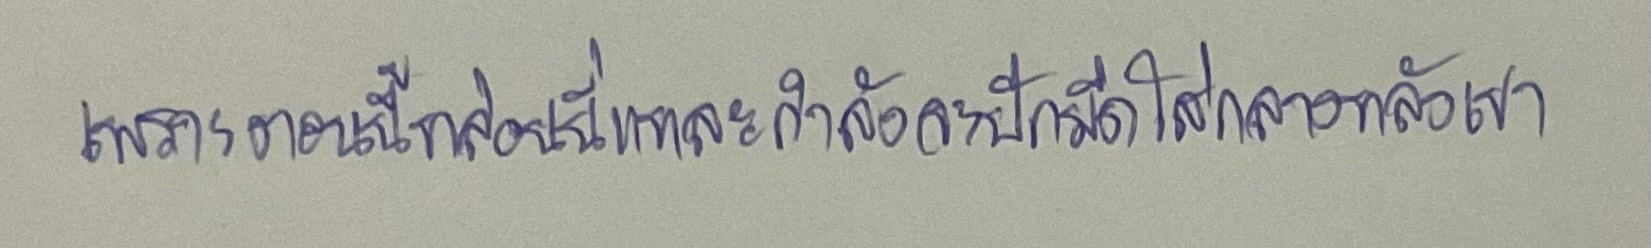
เพราะตอนนี้หล่อนนี่แหละกำลังจะปักมีดใส่กลางหลังเขา